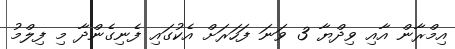
އިމްރާން އާއި ވިދްޔާ 3 ވަނަ ފަހަރަށް އެކުގައި ފެނިގެންދާ މި ފިލްމު